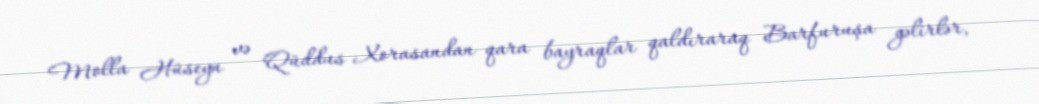
Molla Hüseyn və Qüddus Xorasandan qara bayraqlar qaldıraraq Barfuruşa gəlirlər,